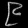
Digit: ၉